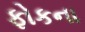
ફોકના